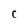
Character: C